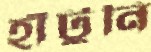
হাঁটুনি